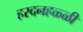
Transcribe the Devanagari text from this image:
हरदनहळ्ळी